Seli_vallavalitsus_Parnumaal, lk 19
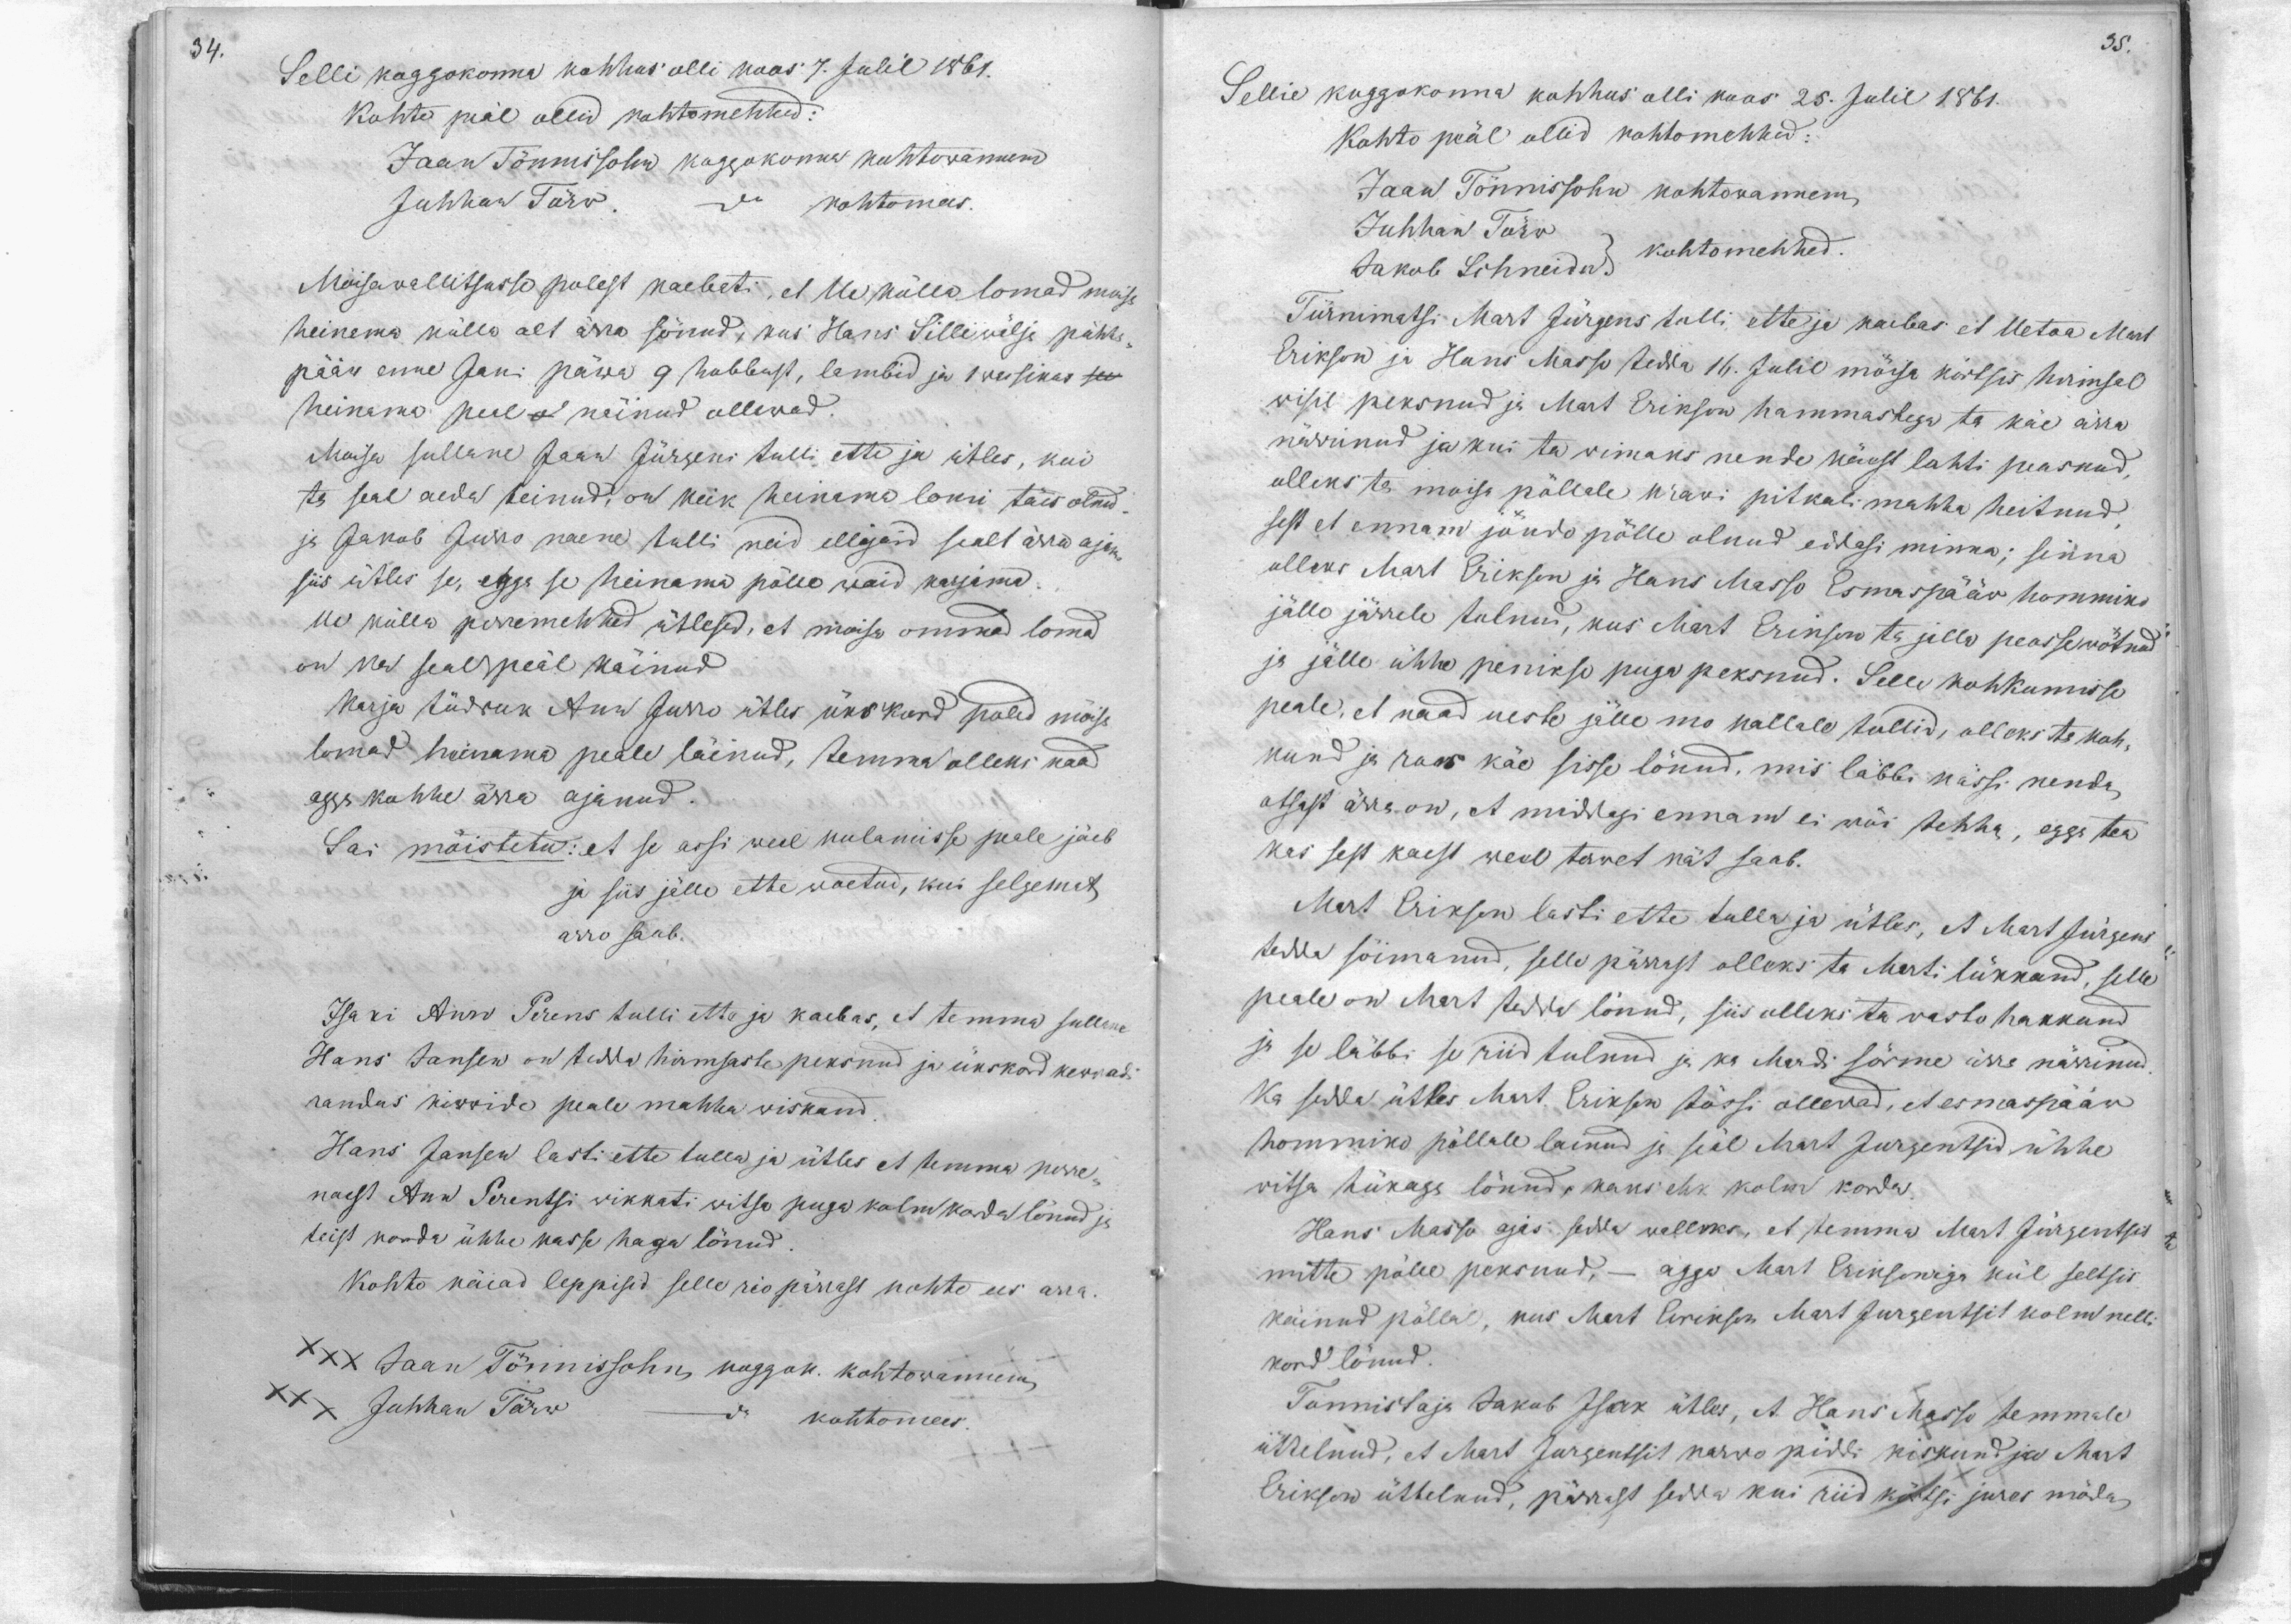
34.

35.

Selli koggokonna kohhus olli koos 7. Julil 1861.
kohto peäl ollid kohtomehhed:
Jaan Tönnisohn koggokonna kohtowannem
Juhhan Törw - kohtomees.
Mõisawallitsusse polest kaebeti, et Ue külla lomad moisa
heinama külla alt ärra sönud, kus Hans Lillewälja pühha
pääw enne Jani päwa 9 hobbust, lambid ja 1 wassikas see
heinama peal o käinud ollewad.
Moisa sullane Jaan Jürgeni tulli ette ja ütles, kui
ta seal aeda teinud, on keik heinama lomi täis olnud,
ja Jakob Jurro naene tulli neid ellajaid sealt ärra ajama
siis ütles se, agga se heinama põllu waid karjama
Ue külla perremehhed ütlesed, et moisa ommad lomad
on ka sealpeäl käinud
karja tüdruk Anw Jurro ütles üks kord poled mõisa
lomad heinama peale läinud, temma olleks naad
agga kohhe ärra ajanud.
Sai möistetud: et se assi weel kulamisse peale jäeb
ja siis jälle ette woetud, kui selgemat
arro saab.
Isaki Ann Perens tulli ette ja kaebas, et temma sullane
Hans Jansen on tedda hirmsaste peksnud ja ükskord kewwadi
randas kiwide peale mahha wiskand.
Hans Jansen lasti ette tulla ja ütles et temma perre-
naest Ann Perentsi wikkati witsa puga kolm korda lönud ja
teist korda ühhe kasse haga lönud.
Kohto käiad leppisid selle rio pärrast kohto ees arra.
XXX Jaan Tönnissohn, koggok. kohtowannem
XXX Juhhan Törw
do kohtomees.

Sellie koggokonna kohhus olli koos 25. Julil 1861.
Kohto peäl ollid kohtomehhed:
Jaan Tönnissohn kohtowannem
Juhhan Törw
kohtomehhed
Jakob Schneider
Türnimatsi Mart Jürgens tulli ette ja kaebas et Uetoa Mart
Erikson ja Hans Masso tedda 16. Julil möisa körtsis hirmsal
wisil peksnud ja Mart Erikson hammastega ta käe ärra
närrinud ja kui ta wimaks nende käest lahti peasnud,
olleks ta moisa pöllale krawi pitkali mahha heitnud,
sest et ennam jöudo pölle olnud eddasi minna; sinna
olleks Mart Erikson ja Hans Masso Esmaspääw hommiko
jälle järrele tulnud, kus Mart Erikson ta jalle peasse wötnud
ja jälle ühhe penikse puga peksnud. Selle kohkumisse
peale, et naad ueste jälle mo kallale tullid, olleks ta koh-
kund ja raw käe sisse lönud, mis läbbi kässi nenda
otsast ärra on, et middagi ennam ei wöi tehha, egga tea
kas sest käest weel terwet kät saab.
Mart Erikson lasti ette tulla ja ütles, et Mart Jürgens
tedda söimanud, selle pärrast olleks ta Merti lükkand, selle
peale on Mart tedda lönud, siis olleks ta wasto hakkand
ja se läbbi se riid tulnud ja ka Mardi sörme ärra närrinud
Ka sedda ütles Mart Erikson tössi ollewad, et esmaspääw
hommiku pöllale läinud ja seal Mart Jurgentsid ühhe
witsa tükaga lönud, kaks ehk kolm korda.
Hans Masso ajas sedda walleks, et temma Mart Jürgentsis
mitte pölle peksnud, - agga Mart Eriksoniga kül seltsis
käinud pöllal, kus Mart Erikson Mart Jurgentsit kolm nelli
kord lönud.
Tunnistaja Jakob Isak ütles, et Hans Masso temmale
üttelnud, et Mart Jürgentsit karwo piddi kiskund ja Mart
Erikson üttelnud, pärrast sedda kui riid körtsi jures mödas